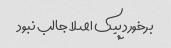
برخورد پیک اصلا جالب نبود